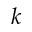
k